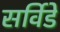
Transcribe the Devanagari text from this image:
सर्विडे